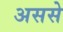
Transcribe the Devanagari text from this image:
अससे